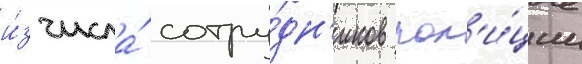
и́з числа́ сотру́дн'иков пол'и́ции